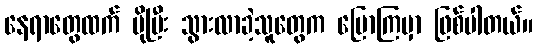
နေရာတွေထက် ပိုပြီး သွားလာခဲ့သူတွေက ပြောကြမှာ ဖြစ်ပါတယ်။